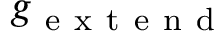
g _ { \mathrm { ~ e ~ x ~ t ~ e ~ n ~ d ~ } }